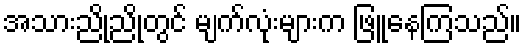
အသားညိုညိုတွင် မျက်လုံးများက ဖြူနေကြသည်။